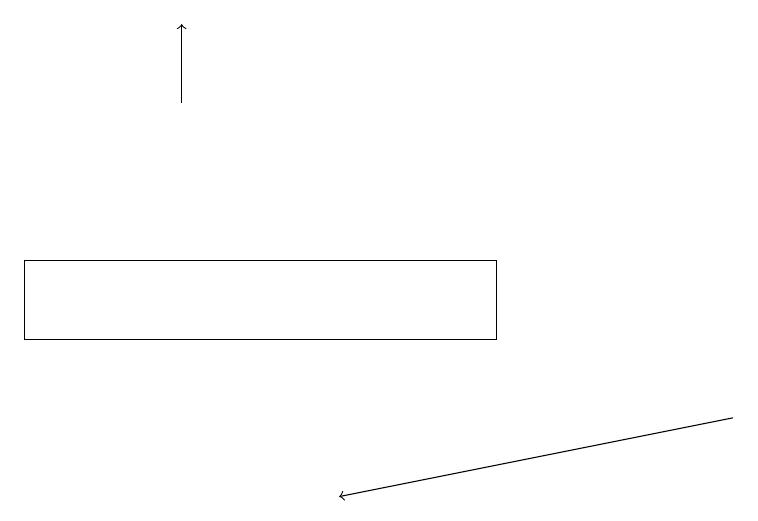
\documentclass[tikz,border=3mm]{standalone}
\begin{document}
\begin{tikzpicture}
\draw (0,13) rectangle (6,14);
\draw[->] (9,12) -- (4,11);
\draw[->] (2,16) -- (2,17);
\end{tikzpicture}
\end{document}